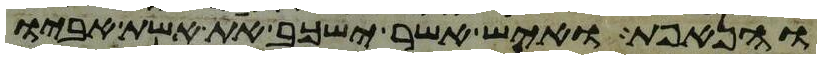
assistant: והנאפת ואיש אשר ישכב את אשת אביו